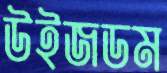
উইজডম